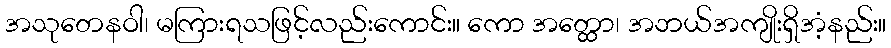
အသုတေနဝါ၊ မကြားရသဖြင့်လည်းကောင်း။ ကော အတ္ထော၊ အဘယ်အကျိုးရှိအံ့နည်း။